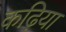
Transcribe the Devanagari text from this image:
कढ़िया